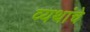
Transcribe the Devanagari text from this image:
व्यथांचे